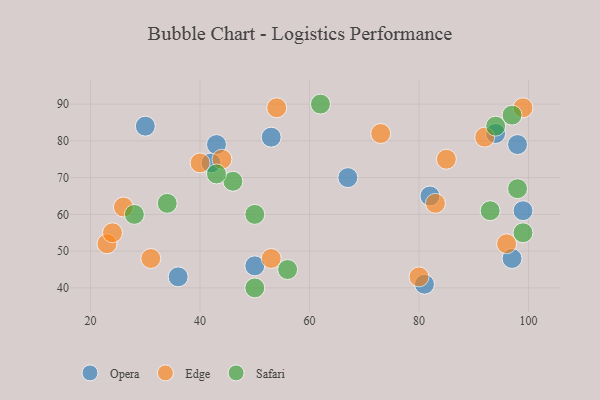
{"axis": {"x": "GDP", "y": "Life Expectancy"}, "legend": ["Edge", "Opera", "Safari"], "data": [{"x": "67", "y": 70, "type": "Opera"}, {"x": "42", "y": 74, "type": "Opera"}, {"x": "98", "y": 79, "type": "Opera"}, {"x": "97", "y": 48, "type": "Opera"}, {"x": "50", "y": 46, "type": "Opera"}, {"x": "82", "y": 65, "type": "Opera"}, {"x": "94", "y": 82, "type": "Opera"}, {"x": "99", "y": 61, "type": "Opera"}, {"x": "53", "y": 81, "type": "Opera"}, {"x": "81", "y": 41, "type": "Opera"}, {"x": "30", "y": 84, "type": "Opera"}, {"x": "36", "y": 43, "type": "Opera"}, {"x": "43", "y": 79, "type": "Opera"}, {"x": "54", "y": 89, "type": "Edge"}, {"x": "23", "y": 52, "type": "Edge"}, {"x": "44", "y": 75, "type": "Edge"}, {"x": "99", "y": 89, "type": "Edge"}, {"x": "24", "y": 55, "type": "Edge"}, {"x": "31", "y": 48, "type": "Edge"}, {"x": "53", "y": 48, "type": "Edge"}, {"x": "40", "y": 74, "type": "Edge"}, {"x": "80", "y": 43, "type": "Edge"}, {"x": "96", "y": 52, "type": "Edge"}, {"x": "83", "y": 63, "type": "Edge"}, {"x": "26", "y": 62, "type": "Edge"}, {"x": "73", "y": 82, "type": "Edge"}, {"x": "92", "y": 81, "type": "Edge"}, {"x": "85", "y": 75, "type": "Edge"}, {"x": "94", "y": 84, "type": "Safari"}, {"x": "97", "y": 87, "type": "Safari"}, {"x": "50", "y": 40, "type": "Safari"}, {"x": "98", "y": 67, "type": "Safari"}, {"x": "46", "y": 69, "type": "Safari"}, {"x": "34", "y": 63, "type": "Safari"}, {"x": "50", "y": 60, "type": "Safari"}, {"x": "28", "y": 60, "type": "Safari"}, {"x": "93", "y": 61, "type": "Safari"}, {"x": "99", "y": 55, "type": "Safari"}, {"x": "43", "y": 71, "type": "Safari"}, {"x": "56", "y": 45, "type": "Safari"}, {"x": "62", "y": 90, "type": "Safari"}]}